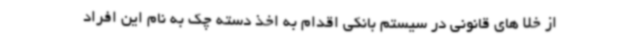
از خلا های قانونی در سیستم بانکی اقدام به اخذ دسته چک به نام این افراد